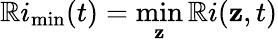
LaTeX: \mathbb{R}i_{\operatorname*{min}}(t)=\operatorname*{min}_{\mathbf{z}}\mathbb{R}i(\mathbf{z},t)